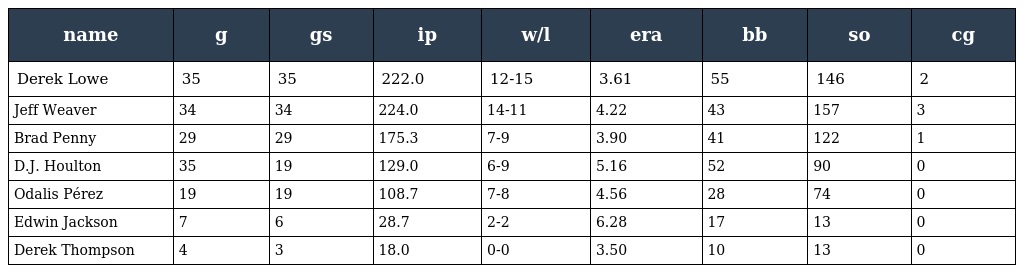
| name | g | gs | ip | w/l | era | bb | so | cg |
 | --- | --- | --- | --- | --- | --- | --- | --- | --- |
 | Derek Lowe | 35 | 35 | 222.0 | 12-15 | 3.61 | 55 | 146 | 2 |
 | Jeff Weaver | 34 | 34 | 224.0 | 14-11 | 4.22 | 43 | 157 | 3 |
 | Brad Penny | 29 | 29 | 175.3 | 7-9 | 3.90 | 41 | 122 | 1 |
 | D.J. Houlton | 35 | 19 | 129.0 | 6-9 | 5.16 | 52 | 90 | 0 |
 | Odalis Pérez | 19 | 19 | 108.7 | 7-8 | 4.56 | 28 | 74 | 0 |
 | Edwin Jackson | 7 | 6 | 28.7 | 2-2 | 6.28 | 17 | 13 | 0 |
 | Derek Thompson | 4 | 3 | 18.0 | 0-0 | 3.50 | 10 | 13 | 0 |